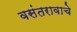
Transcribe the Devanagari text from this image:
वसंतरावाचे